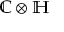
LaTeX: \mathbb { C } \otimes \mathbb { H }